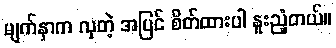
မျက်နှာက လှတဲ့ အပြင် စိတ်ထားပါ နူးညံ့တယ်။